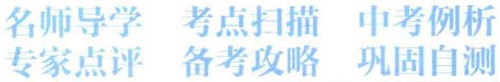
名师导学 考点扫描 中考例析
专家点评 备考攻略 巩固自测